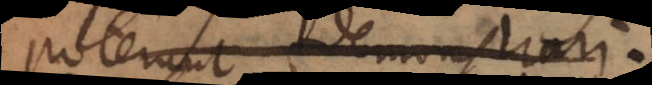
poterit demonstrari.